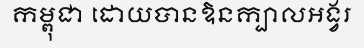
កម្ពុជា ដោយបានឱនក្បាលអង្វរ